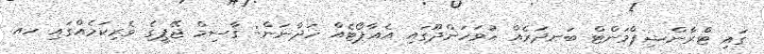
ގައި ޓްރާންޝިޕްމަންޓް ބަނދަރެއް ހުވަހަންދޫގައި އެއާޕޯޓެއް ހަދާނަން: ޤާސިމް ޖޭޕީގެ ވެރިކަމެއްގައި ހއ.